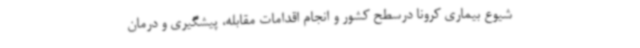
شیوع بیماری کرونا درسطح کشور و انجام اقدامات مقابله، پیشگیری و درمان